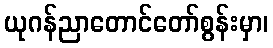
ယုဂန်ညာတောင်တော်စွန်းမှာ၊